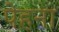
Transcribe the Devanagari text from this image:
पेहना